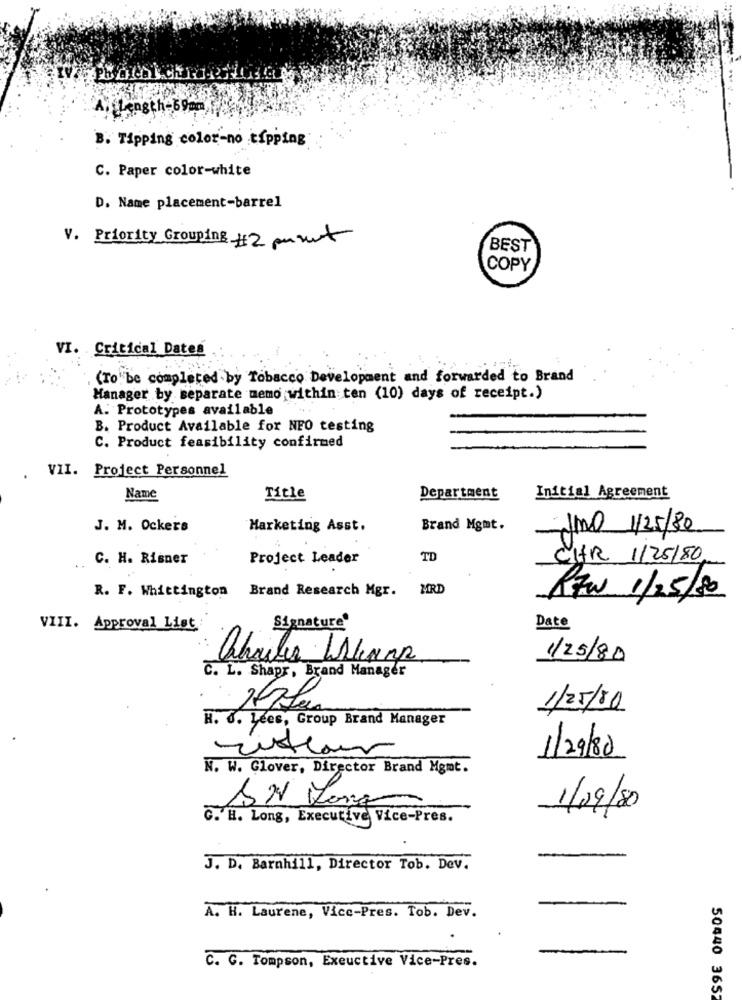
A. length-69am
B. Tipping color-no tipping
C. Paper color-white
D. Name placement-barrel
V. Priority Grouping #2 punk
BEST
COPY
VI. Critical Dates
(To be completed by Tobacco Development and forwarded to Brand
Manager by separate memo within ten (10) days of receipt.)
A. Prototypes available
B. Product Available for NFO testing
C. Product feasibility confirmed
. VII. Project Personnel
Name
Title
Department
Initial Agreement
J. M. Ockers
Marketing Asst.
Brand Mgmt.
JMO 1/25/80
C. H. Risner
Project Leader
TD
CHR 1/25/80
R. F. Whittington Brand Research Mgr. MRD
Rtw 1/25/80
Date
VIII. Approval Ligt
Signature
1/25/80
C. L. Shapr, Brand Manager
1/25/80
H. J. Lees, Group Brand Manager
risteour
1/29/80
N. W. Glover, Director Brand Mgmt.
-
1/09/80
C. H. Long, Executive Vice-Pres.
J. D. Barnhill, Director Tob. Dev.
A. H. Laurene, Vicc-Pres. Tob. Dev.
C. C. Tompson, Exeuctive Vice-Pres.
50440 3652